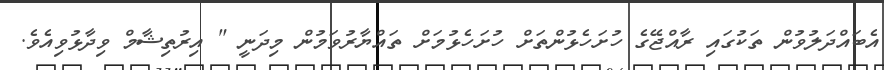
އެބައްދަލުވުން ތަކުގައި ރާއްޖޭގެ ހުށަހެޅުންތަށް ހުށަހެޅުމަށް ތައްޔާރުވަމުން މިދަނީ " އިރުތިޝާމް ވިދާޅުވިއެވެ.